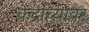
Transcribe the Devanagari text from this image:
केंद्रांच्यावर